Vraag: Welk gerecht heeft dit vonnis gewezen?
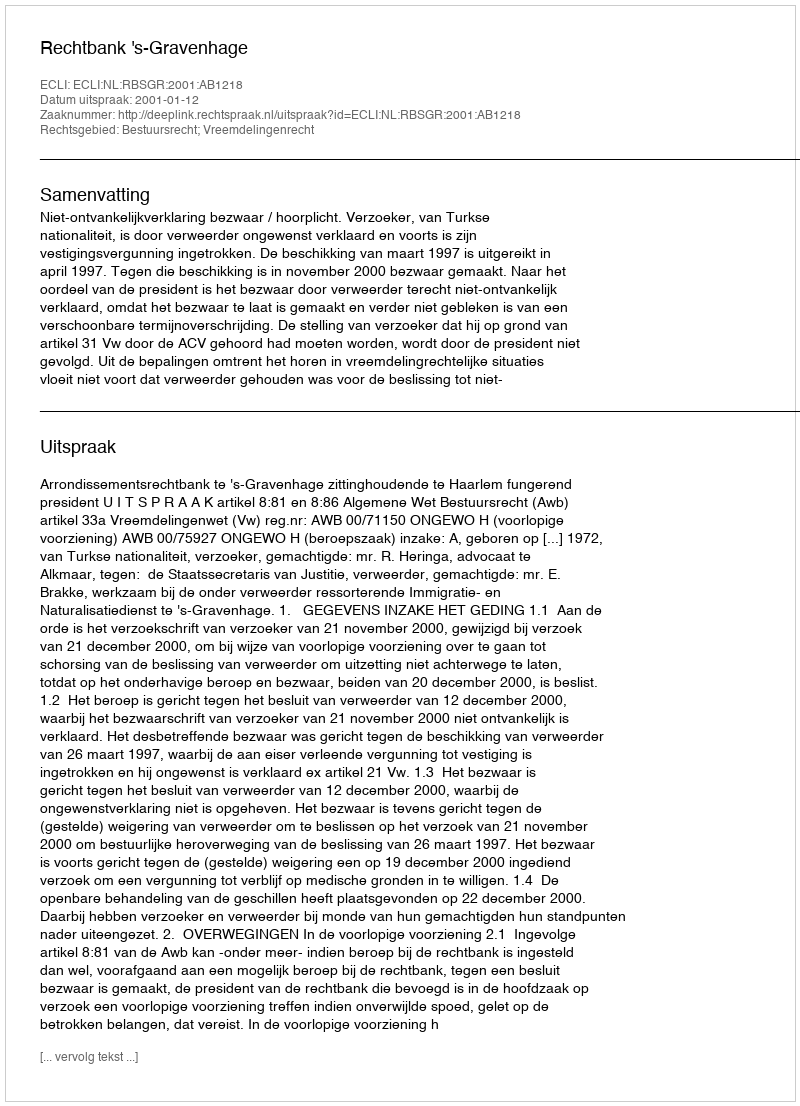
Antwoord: Rechtbank 's-Gravenhage